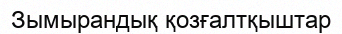
Зымырандық қозғалтқыштар